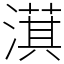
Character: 𣾁